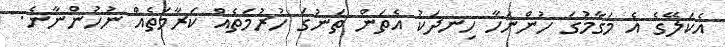
އެކަލޭގެ އެ މަގާމުގަ ހުންނަހާ ހިނދަކު އެތަން ތަނުގަ ހުރުމަތެއް ކަރާމަތެއް ނުހުންނާނެ.